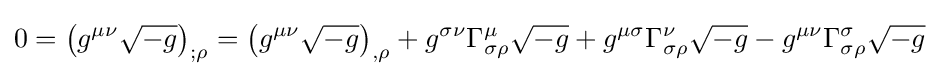
0=\left(g^{\mu \nu }{\sqrt {-g}}\right)_{;\rho }=\left(g^{\mu \nu }{\sqrt {-g}}\right)_{,\rho }+g^{\sigma \nu }\Gamma _{\sigma \rho }^{\mu }{\sqrt {-g}}+g^{\mu \sigma }\Gamma _{\sigma \rho }^{\nu }{\sqrt {-g}}-g^{\mu \nu }\Gamma _{\sigma \rho }^{\sigma }{\sqrt {-g}}